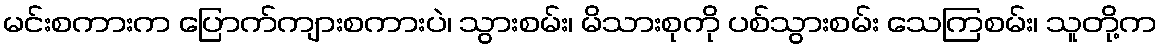
မင်းစကားက ပြောက်ကျားစကားပဲ၊ သွားစမ်း၊ မိသားစုကို ပစ်သွားစမ်း သေကြစမ်း၊ သူတို့က